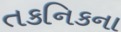
તકનિકના